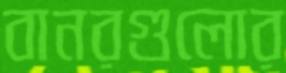
বানরগুলোর